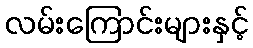
လမ်းကြောင်းများနှင့်